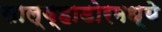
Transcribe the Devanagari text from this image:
साल्व्हाडोरमध्ये